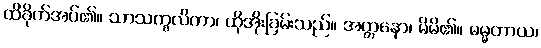
ထိခိုက်အပ်၏။ သာသက္ခလိကာ၊ ထိုအိုးခြမ်းသည်။ အတ္တနော၊ မိမိ၏။ ဓမ္မတာယ၊